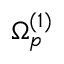
\boldsymbol { \Omega } _ { p } ^ { ( 1 ) }